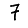
Digit: 7